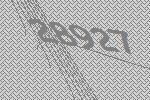
28927